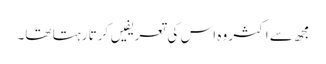
مجھ سے اکثر وہ اس کی تعریفیں کرتا رہتا تھا۔